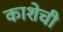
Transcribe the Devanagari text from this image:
काशेची